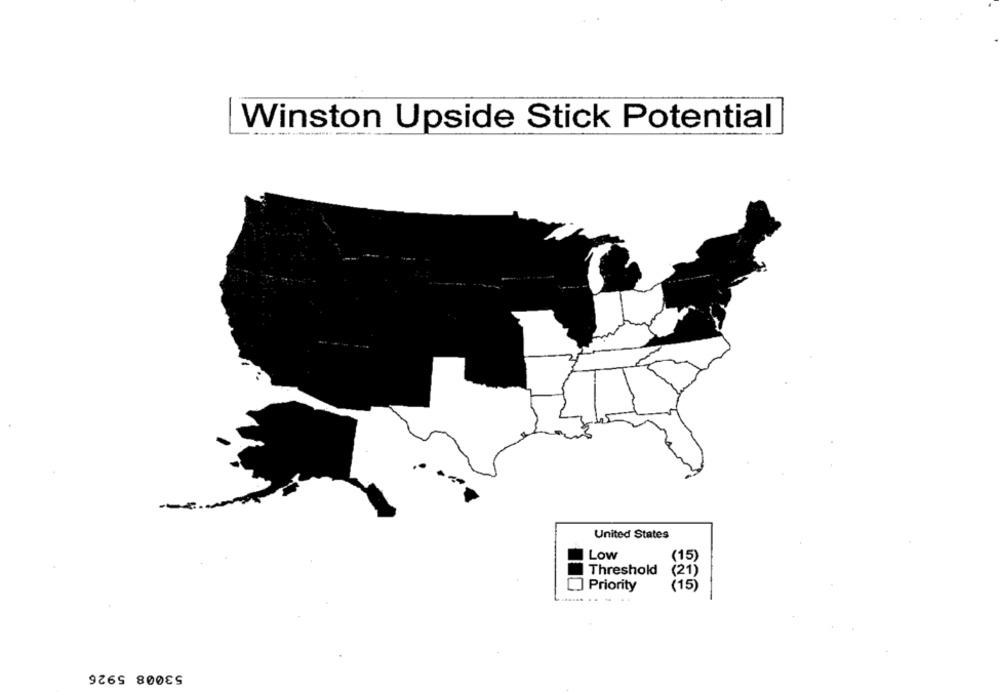
Winston Upside Stick Potential
United States
Low
(15)
Threshold
(21)
[] Priority
(15)
.... .. .
53008 5926